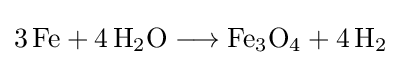
{3\,\mathrm {Fe} {}+{}4\,\mathrm {H} {\vphantom {A}}_{\smash[{t}]{2}}\mathrm {O} {}\mathrel {\longrightarrow } {}\mathrm {Fe} {\vphantom {A}}_{\smash[{t}]{3}}\mathrm {O} {\vphantom {A}}_{\smash[{t}]{4}}{}+{}4\,\mathrm {H} {\vphantom {A}}_{\smash[{t}]{2}}}